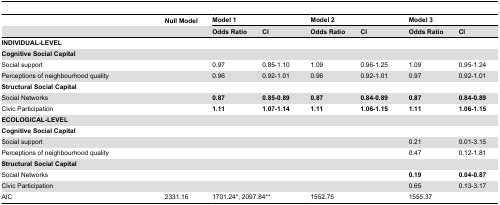
|  | Null Model | <COLSPAN=2> Model 1 | <COLSPAN=2> Model 2 | <COLSPAN=2> Model 3 |
 |  |  | Odds Ratio | CI | Odds Ratio | CI | Odds Ratio | CI |
 | --- | --- | --- | --- | --- | --- | --- | --- |
 | INDIVIDUAL-LEVEL |  |  |  |  |  |  |  |
 | Cognitive Social Capital |  |  |  |  |  |  |  |
 | Social support |  | 0.97 | 0.85-1.10 | 1.09 | 0.96-1.25 | 1.09 | 0.95-1.24 |
 | Perceptions of neighbourhood quality |  | 0.96 | 0.92-1.01 | 0.96 | 0.92-1.01 | 0.97 | 0.92-1.01 |
 | Structural Social Capital |  |  |  |  |  |  |  |
 | Social Networks |  | 0.87 | 0.85-0.89 | 0.87 | 0.84-0.89 | 0.87 | 0.84-0.89 |
 | Civic Participation |  | 1.11 | 1.07-1.14 | 1.11 | 1.06-1.15 | 1.11 | 1.06-1.15 |
 | ECOLOGICAL-LEVEL |  |  |  |  |  |  |  |
 | Cognitive Social Capital |  |  |  |  |  |  |  |
 | Social support |  |  |  |  |  | 0.21 | 0.01-3.15 |
 | Perceptions of neighbourhood quality |  |  |  |  |  | 0.47 | 0.12-1.81 |
 | Structural Social Capital |  |  |  |  |  |  |  |
 | Social Networks |  |  |  |  |  | 0.19 | 0.04-0.87 |
 | Civic Participation |  |  |  |  |  | 0.65 | 0.13-3.17 |
 | AIC | 2331.16 | <COLSPAN=2> 1701.24*; 2097.84** | <COLSPAN=2> 1552.75 | <COLSPAN=2> 1555.37 |